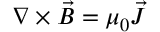
\nabla \times \vec { B } = \mu _ { 0 } \vec { J }